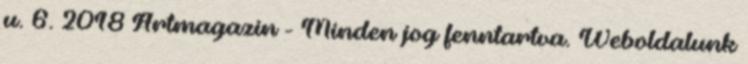
u. 6. 2018 Artmagazin - Minden jog fenntartva. Weboldalunk